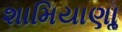
શામિયાણાૢ